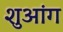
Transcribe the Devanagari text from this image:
शुआंग